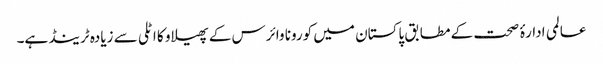
عالمی ادارۂ صحت کے مطابق پاکستان میں کورونا وائرس کے پھیلاو کا اٹلی سے زیادہ ٹرینڈ ہے۔